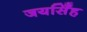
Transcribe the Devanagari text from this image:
जयसिँह